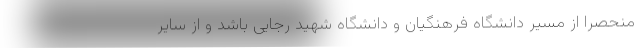
منحصرا از مسیر دانشگاه فرهنگیان و دانشگاه شهید رجایی باشد و از سایر